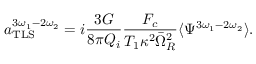
a _ { \mathrm { T L S } } ^ { 3 \omega _ { 1 } - 2 \omega _ { 2 } } = i \frac { 3 G } { 8 \pi Q _ { i } } \frac { F _ { c } } { T _ { 1 } \kappa ^ { 2 } \bar { \Omega } _ { R } ^ { 2 } } \langle \Psi ^ { 3 \omega _ { 1 } - 2 \omega _ { 2 } } \rangle .